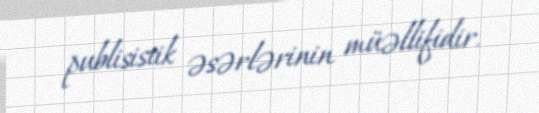
publisistik əsərlərinin müəllifidir.